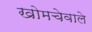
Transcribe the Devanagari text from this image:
खोमचेवाले